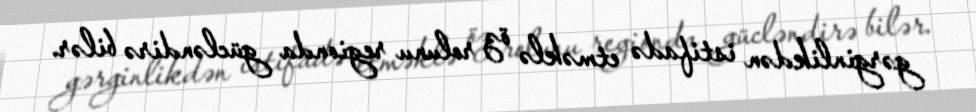
gərginlikdən istifadə etməklə öz rolunu regionda gücləndirə bilər.